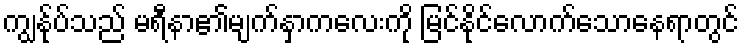
ကျွန်ုပ်သည် မရီနာ၏မျက်နှာကလေးကို မြင်နိုင်လောက်သောနေရာတွင်